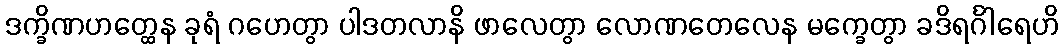
ဒက္ခိဏဟတ္ထေန ခုရံ ဂဟေတွာ ပါဒတလာနိ ဖာလေတွာ လောဏတေလေန မက္ခေတွာ ခဒိရင်္ဂါရေဟိ